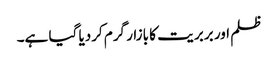
ظلم اور بربر یت کا بازار گرم کردیا گیا ہے۔